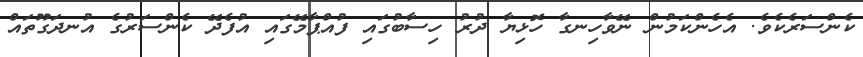
ކެންސަރެކެވެ. އެހެންކަމުން ނޭވާހިނގާ ހޮޅިޔާ ދުރު ހިސާބުގައި ފުއްޕާމޭގައި އުފެދޭ ކެންސަރުގެ އުނދަގޫތައް